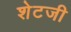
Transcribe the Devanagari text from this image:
शेटजी